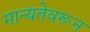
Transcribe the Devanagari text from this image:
मान्यतेवरून